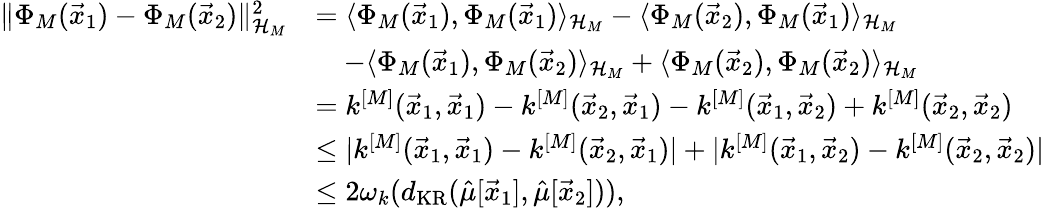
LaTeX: \begin{array}{rl}{\| \Phi_{M}(\vec{x}_{1})-\Phi_{M}(\vec{x}_{2})\| _{\mathcal{H}_{M}}^{2}}&{=\langle\Phi_{M}(\vec{x}_{1}),\Phi_{M}(\vec{x}_{1})\rangle_{\mathcal{H}_{M}}-\langle\Phi_{M}(\vec{x}_{2}),\Phi_{M}(\vec{x}_{1})\rangle_{\mathcal{H}_{M}}}\\ &{\quad-\langle\Phi_{M}(\vec{x}_{1}),\Phi_{M}(\vec{x}_{2})\rangle_{\mathcal{H}_{M}}+\langle\Phi_{M}(\vec{x}_{2}),\Phi_{M}(\vec{x}_{2})\rangle_{\mathcal{H}_{M}}}\\ &{=k^{[M]}(\vec{x}_{1},\vec{x}_{1})-k^{[M]}(\vec{x}_{2},\vec{x}_{1})-k^{[M]}(\vec{x}_{1},\vec{x}_{2})+k^{[M]}(\vec{x}_{2},\vec{x}_{2})}\\ &{\leq|k^{[M]}(\vec{x}_{1},\vec{x}_{1})-k^{[M]}(\vec{x}_{2},\vec{x}_{1})|+|k^{[M]}(\vec{x}_{1},\vec{x}_{2})-k^{[M]}(\vec{x}_{2},\vec{x}_{2})|}\\ &{\leq 2\omega_{k}(d_{\mathrm{KR}}(\hat{\mu}[\vec{x}_{1}],\hat{\mu}[\vec{x}_{2}])),}\end{array}